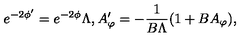
e ^ { - 2 \phi ^ { \prime } } = e ^ { - 2 \phi } \Lambda , A _ { \varphi } ^ { \prime } = - \frac { 1 } { B \Lambda } ( 1 + B A _ { \varphi } ) ,